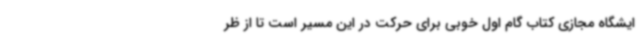
ایشگاه مجازی کتاب گام اول خوبی برای حرکت در این مسیر است تا از ظر